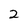
Character: 2